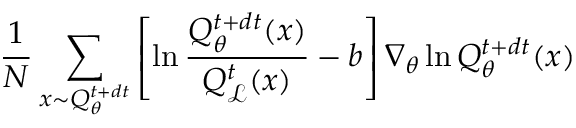
\frac { 1 } { N } \sum _ { x \sim Q _ { \theta } ^ { t + d t } } \left[ \ln \frac { Q _ { \theta } ^ { t + d t } ( x ) } { Q _ { \mathcal { L } } ^ { t } ( x ) } - b \right] \nabla _ { \theta } \ln Q _ { \theta } ^ { t + d t } ( x )